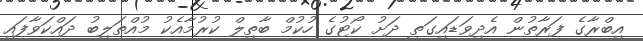
އިބްރާގެ ފަރާތުން އެދިވަޑައިގަތީ ދަށު ކޯޓުގެ ހުކުމް ބާތިލް ކުރުމާއެކު މުއްތަލިބު ދައްކަވާފައި